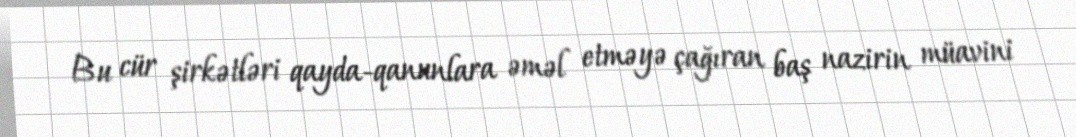
Bu cür şirkətləri qayda-qanunlara əməl etməyə çağıran baş nazirin müavini